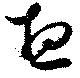
想